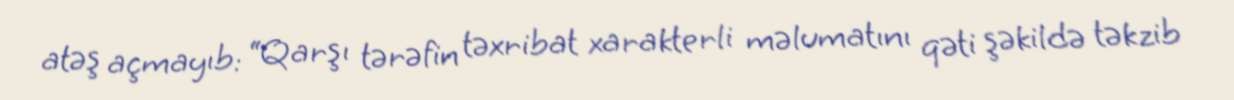
atəş açmayıb: “Qarşı tərəfin təxribat xarakterli məlumatını qəti şəkildə təkzib